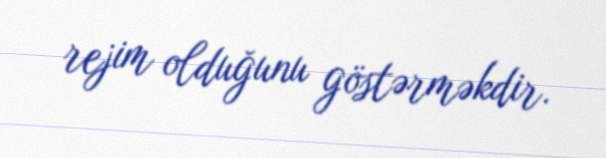
rejim olduğunu göstərməkdir.